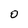
Character: 0